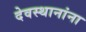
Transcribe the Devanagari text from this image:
देवस्थानांना